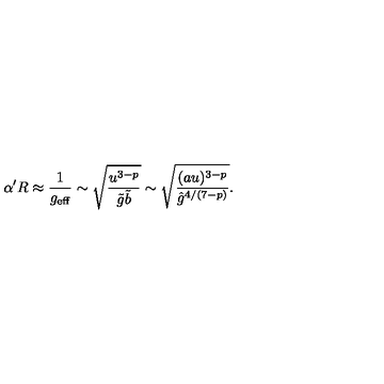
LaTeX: \alpha ^ { \prime } R \approx \frac { 1 } { g _ { \mathrm { e f f } } } \sim \sqrt { \frac { u ^ { 3 - p } } { \tilde { g } \tilde { b } } } \sim \sqrt { \frac { ( a u ) ^ { 3 - p } } { { \hat { g } } ^ { 4 / ( 7 - p ) } } } .